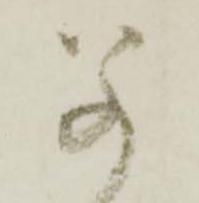
若